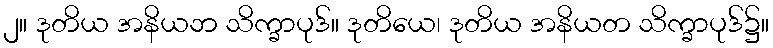
၂။ ဒုတိယ အနိယဘ သိက္ခာပုဒ်။ ဒုတိယေ၊ ဒုတိယ အနိယတ သိက္ခာပုဒ်၌။